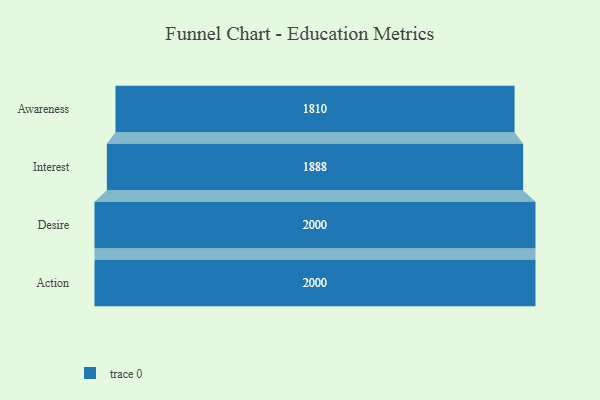
{"axis": {"x": "Stage", "y": "Value"}, "legend": [""], "data": [{"x": "Awareness", "y": 1810.0, "type": ""}, {"x": "Interest", "y": 1888.0, "type": ""}, {"x": "Desire", "y": 2000, "type": ""}, {"x": "Action", "y": 2000, "type": ""}]}